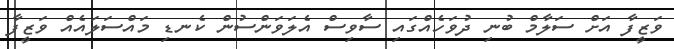
ވަޒީފާ އަށް ސަލާމް ބުނި ދުވަހެއްގައި ސާވިސް އެލަވަންސުން ކެނޑި މައްސަލައެއް ވަޒީފާ